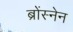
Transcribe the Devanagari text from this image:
ब्रोंस्नेन